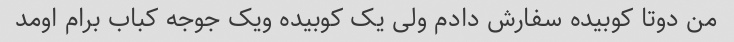
من دوتا کوبیده سفارش دادم ولی یک کوبیده ویک جوجه کباب برام اومد